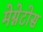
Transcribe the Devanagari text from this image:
मेग्नेटोस